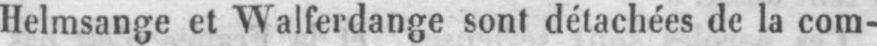
Helmsange et Walferdange sont détachées de la com-